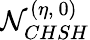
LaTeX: \mathcal{N}_{CHSH}^{(\eta,~0)}